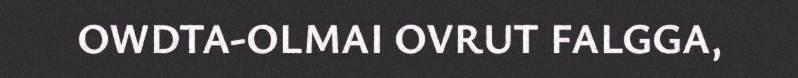
OWDTA-OLMAI OVRUT FALGGA,